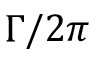
\Gamma / 2 \pi